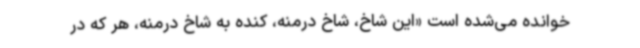
خوانده می‌شده است «این شاخ، شاخ درمنه، کنده به شاخ درمنه، هر که در